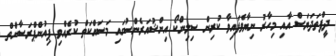
ދީޕްތަދަޔަސް އާއި މިހާރު ނިޔާވެފައިވާ ކުރިން ސިލިންކޯ އިންޝުއަރެންސުގައި މަސައްކަތް ކުރެއްވި ޕިއުންޕްރަސާންތް